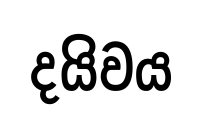
දයිවය